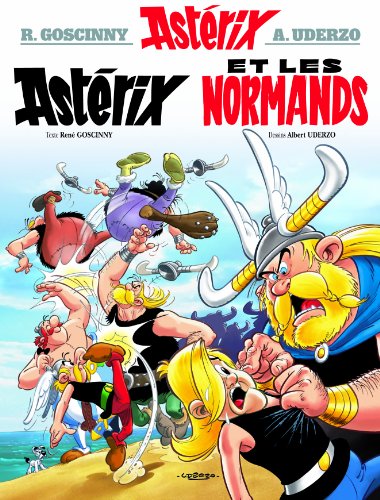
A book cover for AstÃ©rix - AstÃ©rix et les normands - nÂ°9 (French Edition); Rene Goscinny; Teen & Young Adult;